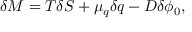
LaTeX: \delta M = T \delta S + \mu _ { q } \delta q - D \delta \phi _ { 0 } ,